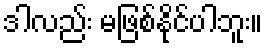
ဒါလည်း မဖြစ်နိုင်ပါဘူး။